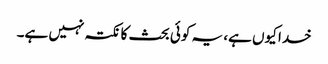
خدا کیوں ہے، یہ کوئی بحث کا نکتہ نہیں ہے۔